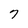
Character: 7